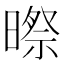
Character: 暩